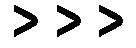
>>>